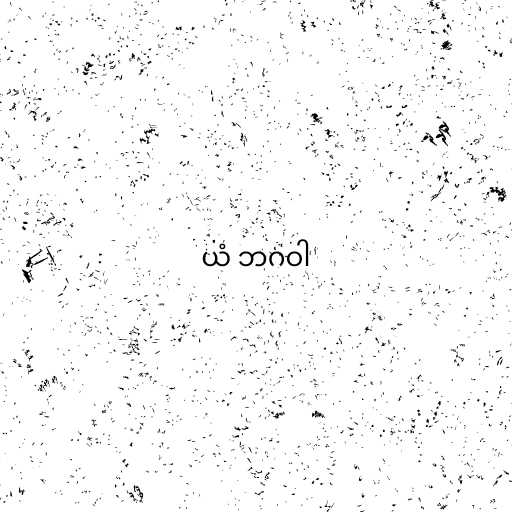
ယံ ဘဂဝါ